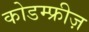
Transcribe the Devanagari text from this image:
कोडम्फ्रीज़